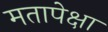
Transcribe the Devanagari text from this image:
मतापेक्षा